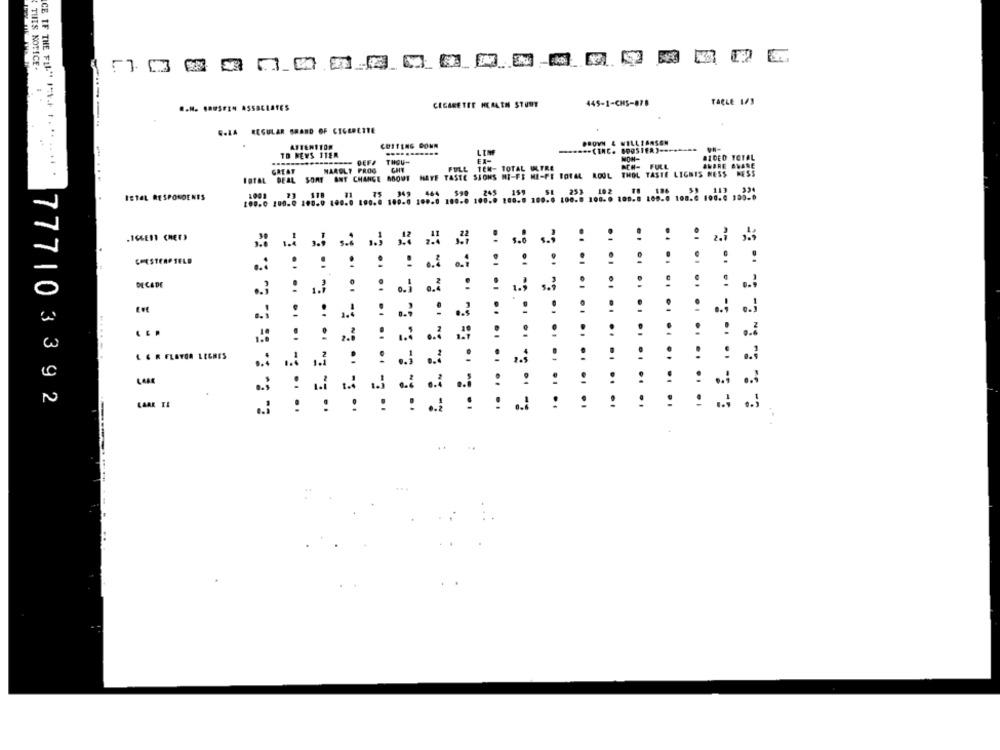
THIS NOTICE.
CIGARETTE HEALTH STUDY
445-1-CH5-878
TACLE 1/3
.. H. SOUSFIN ASSOCIATES
G.ZA REGULAR BRAND OF CIGARETTE
CUITENG DONN
PROVN & WILLIAMSON
ATTENITOR
LEM
VN-
TO NEWS ITER
EX-
NON-
BIDED TOTAL
---- DEFA
THOU-
ACH- FULL
AMBRE AWARE
CE IF THE FIL" IL.F .. .. .. .. .
ROTAL DEAL SONT ANT CHANGE GOOUT HATE TASTE SJONS HI-FI ME-FE TOTAL ROUL THOL TASTE LIGHTS NESS
GREAT
NAROLT PROG
FULL TEN- TOTAL ITRE
DESS
ISTEL RESPONDENTS
75 049
100.0 100.0 100.0 100.0 100.0 100.0 100.0 100.0 108.6 100.0 100-0
$.0
CHESTERFIELD
.1
.I
: : :
DECADE
..
0
..
o ,
!
.. .. ..
.. 2
L E R FLAVOR LIGNES
..
..
LC
.1
..:
2
777103392
LAAK IL
..
.
..:
..........
..